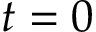
t = 0